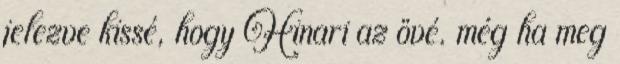
jelezve kissé, hogy Hinari az övé. még ha meg